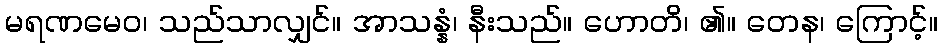
မရဏမေဝ၊ သည်သာလျှင်။ အာသန္နံ၊ နီးသည်။ ဟောတိ၊ ၏။ တေန၊ ကြောင့်။